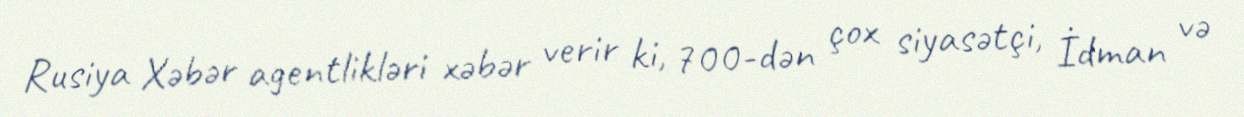
Rusiya Xəbər agentlikləri xəbər verir ki, 700-dən çox siyasətçi, İdman və